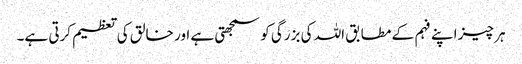
ہر چیز اپنے فہم کے مطابق اللہ کی بزرگی کو سمجھتی ہے اور خالق کی تعظیم کرتی ہے۔